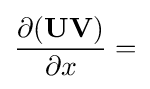
{\frac {\partial (\mathbf {U} \mathbf {V} )}{\partial x}}=